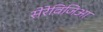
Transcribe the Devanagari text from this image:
सेरेविजिआ